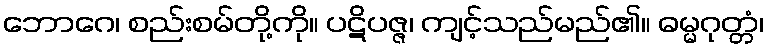
ဘောဂေ၊ စည်းစမ်တို့ကို။ ပဋိပဇ္ဇ၊ ကျင့်သည်မည်၏။ ဓမ္မဂုတ္တံ၊